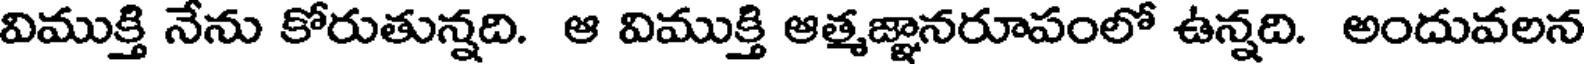
విముక్తి నేను కోరుతున్నది. ఆ విముక్తి ఆత్మజ్ఞానరూపంలో ఉన్నది. అందువలన